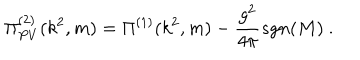
LaTeX: \Pi _ { P V } ^ { ( 2 ) } ( k ^ { 2 } , m ) = \Pi ^ { ( 1 ) } ( k ^ { 2 } , m ) - \frac { g ^ { 2 } } { 4 \pi } s g n ( M ) \ .